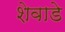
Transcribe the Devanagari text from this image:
शेवाडे